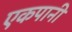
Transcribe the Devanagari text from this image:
एकपानी